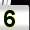
Digit: 5